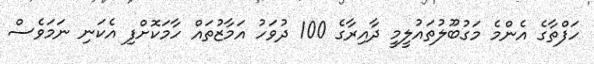
ހަފްތާގެ އެންމެ މަގުބޫލުތައުލީމީ ދާއިރާގެ 100 ދުވަހު އަމާޒުތައް ހާމަކޮށްފި އެކަނި ނަމަވެސް